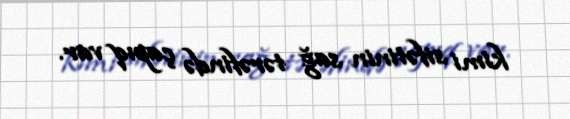
kimi sifətinin sağ tərəfində çapıq var.